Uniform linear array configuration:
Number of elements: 4
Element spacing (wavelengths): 0.25
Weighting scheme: blackman
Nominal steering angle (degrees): -45
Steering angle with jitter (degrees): -46.696
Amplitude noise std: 0.05
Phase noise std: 0.05

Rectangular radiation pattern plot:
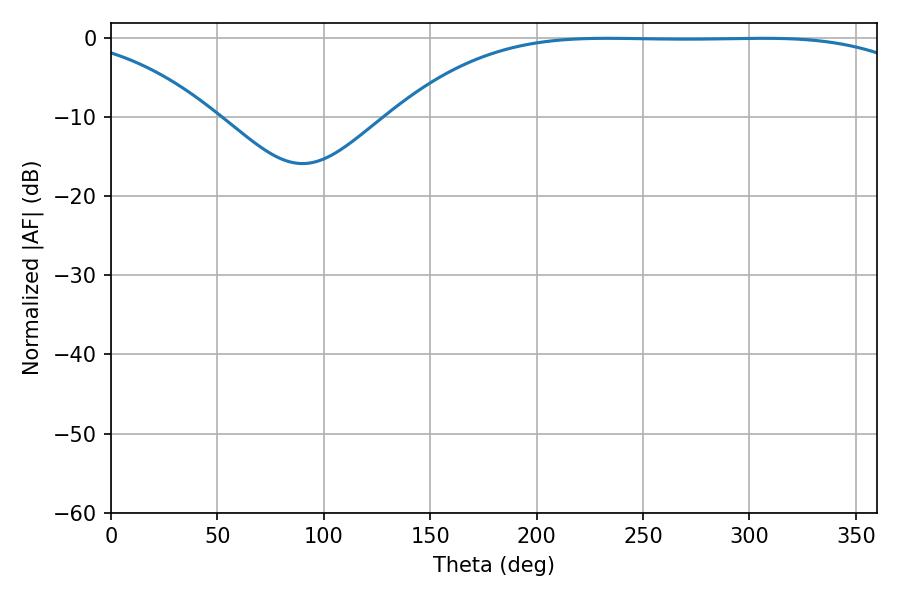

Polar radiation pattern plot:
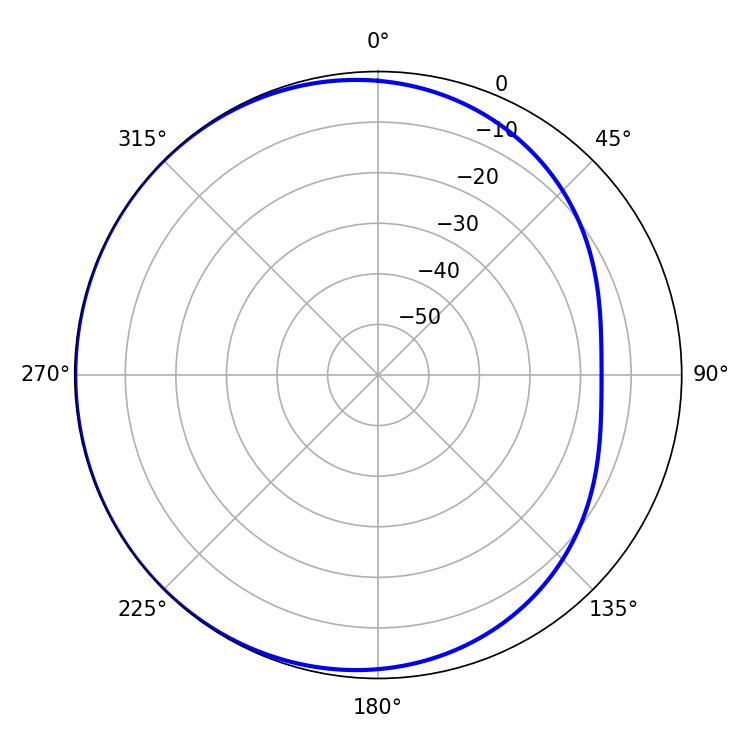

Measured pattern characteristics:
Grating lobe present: FALSE
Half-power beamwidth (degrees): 191.34
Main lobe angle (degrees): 233.28